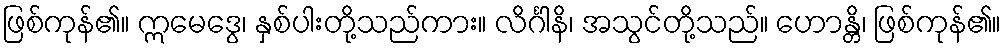
ဖြစ်ကုန်၏။ ဣမေဒွေ၊ နှစ်ပါးတို့သည်ကား။ လိင်္ဂါနိ၊ အသွင်တို့သည်။ ဟောန္တိ၊ ဖြစ်ကုန်၏။